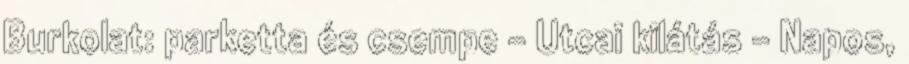
Burkolat: parketta és csempe - Utcai kilátás - Napos,